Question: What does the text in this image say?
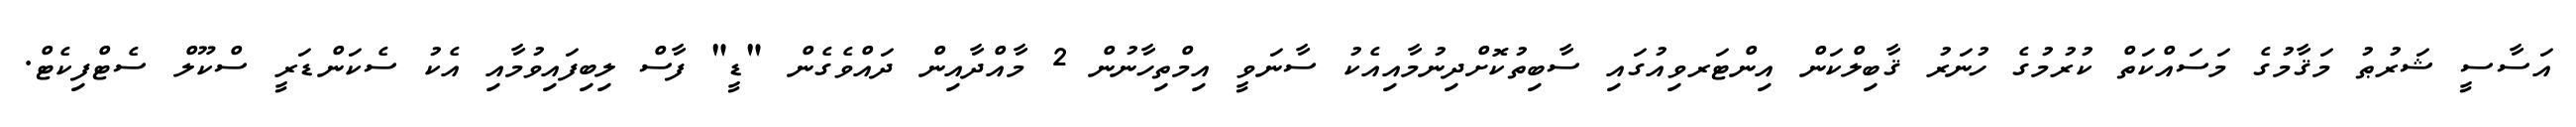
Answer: އަސާސީ ޝަރުޠު މަޤާމުގެ މަސައްކަތް ކުރުމުގެ ހުނަރު ޤާބިލްކަން އިންޓަރވިއުގައި ސާބިތުކޮށްދިނުމާއިއެކު ސާނަވީ އިމްތިހާނުން 2 މާއްދާއިން ދައްވެގެން "ޑީ" ފާސް ލިބިފައިވުމާއި އެކު ސެކަންޑަރީ ސްކޫލް ސެޓްފިކެޓް.